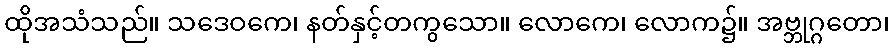
ထိုအသံသည်။ သဒေဝကေ၊ နတ်နှင့်တကွသော။ လောကေ၊ လောက၌။ အဗ္ဘုဂ္ဂတော၊